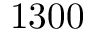
1 3 0 0